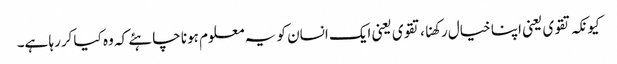
کیونکہ تقوی یعنی اپنا خیال رکھنا، تقوی یعنی ایک انسان کو یہ معلوم ہونا چاہئے کہ وہ کیا کررہا ہے۔